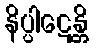
နိပ္ပါဋေန္တိ